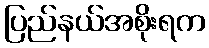
ပြည်နယ်အစိုးရက